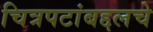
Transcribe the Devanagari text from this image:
चित्रपटांबद्दलचे